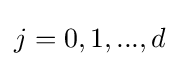
j=0,1,...,d